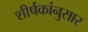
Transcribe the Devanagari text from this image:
शीर्षकांनुसार